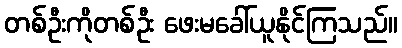
တစ်ဦးကိုတစ်ဦး ဖေးမခေါ်ယူနိုင်ကြသည်။